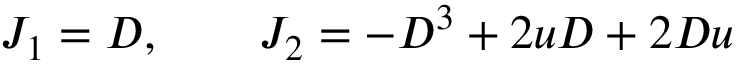
J _ { 1 } = D , \qquad J _ { 2 } = - D ^ { 3 } + 2 u D + 2 D u